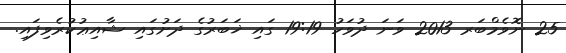
25 ނޮވެމްބަރ 2013 ވަނަ ދުވަހު 19:19 ގައި ޚަބަރުގެ ދަށުގައި ޝާއިޢުކުރެވިފައި.